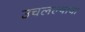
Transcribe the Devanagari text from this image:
उचलल्याचा